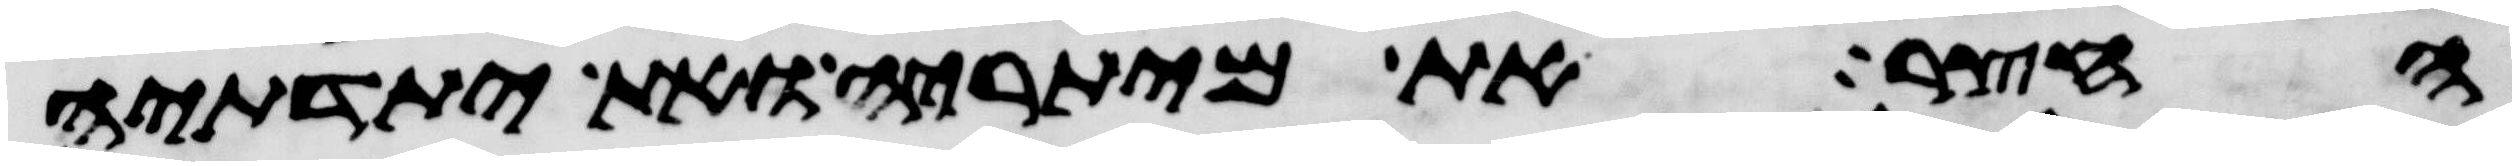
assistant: החצר את מיתריה ואת יתדתיה